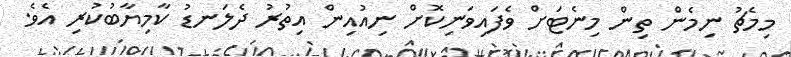
މިމެޗު ނިމެން ތިން މިނެޓަށް ވެފައިވަނިކޮށް ނިއުއިން އިތުރު ދެލަނޑު ކާމިޔާބުކުރި އެވެ.